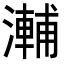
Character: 𭲽